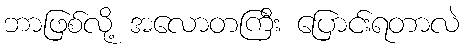
ဘာဖြစ်လို့ အလောတကြီး ပြောင်းရတာလဲ